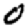
Digit: 0